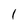
Character: 1